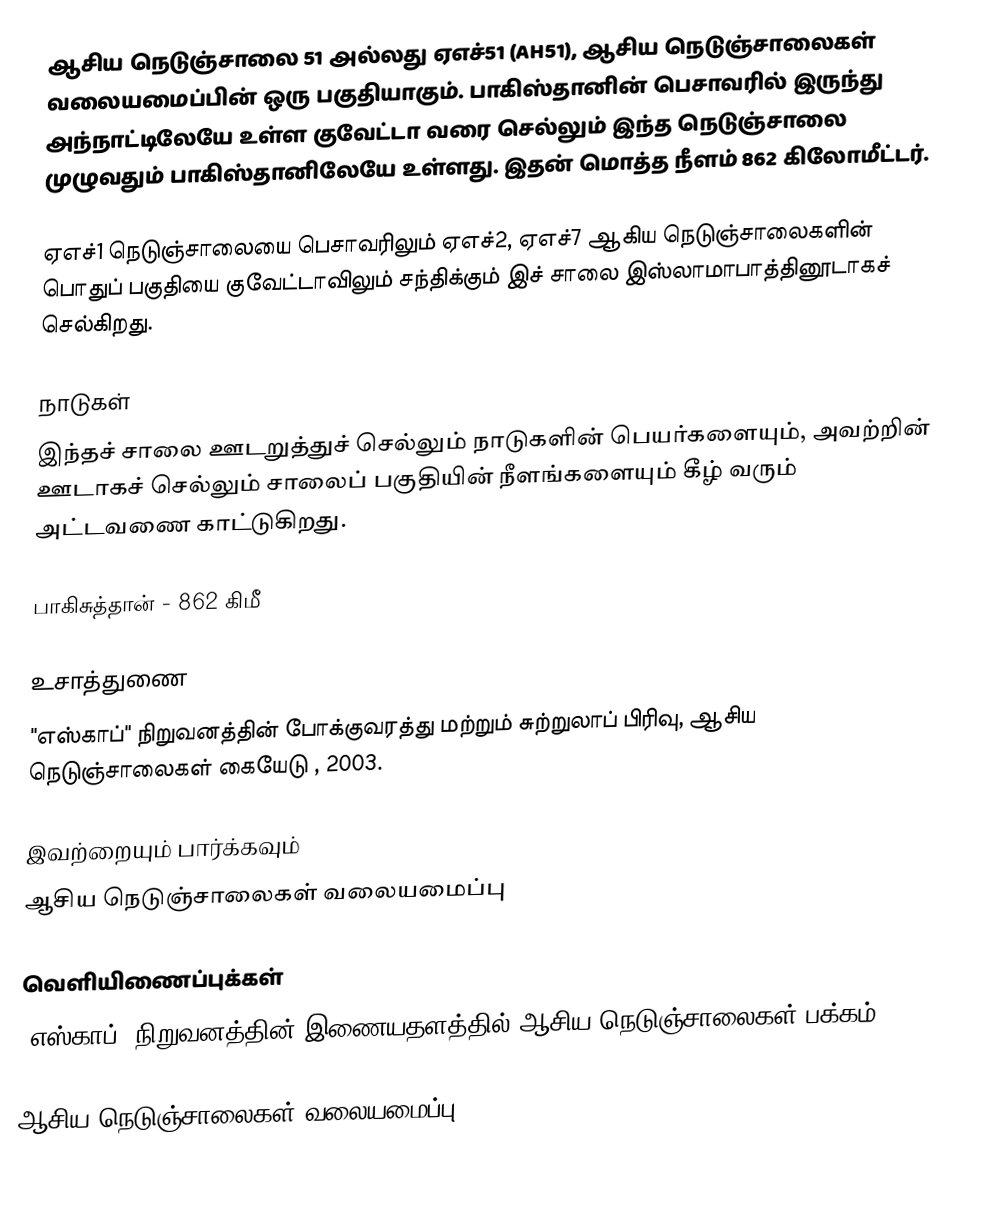
ஆசிய நெடுஞ்சாலை 51 அல்லது ஏஎச்51 (AH51), ஆசிய நெடுஞ்சாலைகள் வலையமைப்பின் ஒரு பகுதியாகும். பாகிஸ்தானின் பெசாவரில் இருந்து அந்நாட்டிலேயே உள்ள குவேட்டா வரை செல்லும் இந்த நெடுஞ்சாலை முழுவதும் பாகிஸ்தானிலேயே உள்ளது. இதன் மொத்த நீளம் 862 கிலோமீட்டர்.

ஏஎச்1 நெடுஞ்சாலையை பெசாவரிலும் ஏஎச்2, ஏஎச்7 ஆகிய நெடுஞ்சாலைகளின் பொதுப் பகுதியை குவேட்டாவிலும் சந்திக்கும் இச் சாலை இஸ்லாமாபாத்தினூடாகச் செல்கிறது.

நாடுகள்
இந்தச் சாலை ஊடறுத்துச் செல்லும் நாடுகளின் பெயர்களையும், அவற்றின் ஊடாகச் செல்லும் சாலைப் பகுதியின் நீளங்களையும் கீழ் வரும் அட்டவணை காட்டுகிறது.

 பாகிசுத்தான் - 862 கிமீ

உசாத்துணை
 "எஸ்காப்" நிறுவனத்தின் போக்குவரத்து மற்றும் சுற்றுலாப் பிரிவு, ஆசிய நெடுஞ்சாலைகள் கையேடு , 2003.

இவற்றையும் பார்க்கவும்
 ஆசிய நெடுஞ்சாலைகள் வலையமைப்பு

வெளியிணைப்புக்கள்
 "எஸ்காப்" நிறுவனத்தின் இணையதளத்தில் ஆசிய நெடுஞ்சாலைகள் பக்கம்

 ஆசிய நெடுஞ்சாலைகள் வலையமைப்பு